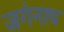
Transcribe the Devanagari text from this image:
जगंनाध